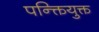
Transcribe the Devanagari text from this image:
पन्क्तियुक्त